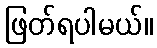
ဖြတ်ရပါမယ်။